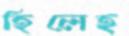
হিলেহ